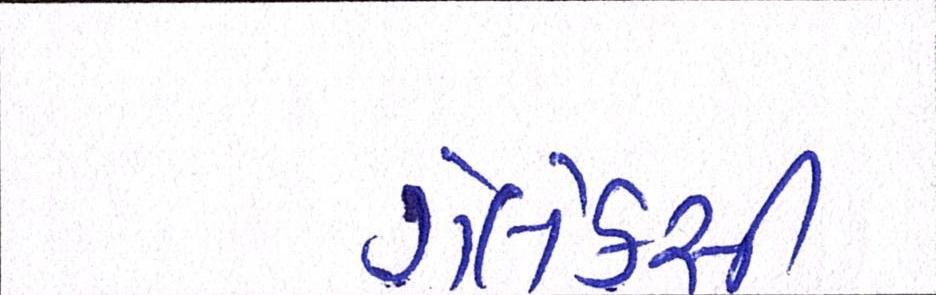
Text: ગેલેક્સી